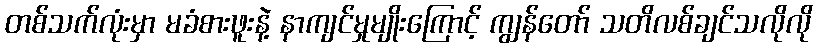
တစ်သက်လုံးမှာ မခံစားဖူးနဲ့ နာကျင်မှုမျိုးကြောင့် ကျွန်တော် သတိလစ်ချင်သလိုလို